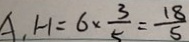
A _ { 1 } H = 6 \times \frac { 3 } { 5 } = \frac { 1 8 } { 5 }